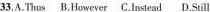
33.A.Thus B.However C.Instead D.Still